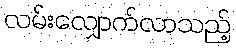
လမ်းလျှောက်လာသည့်